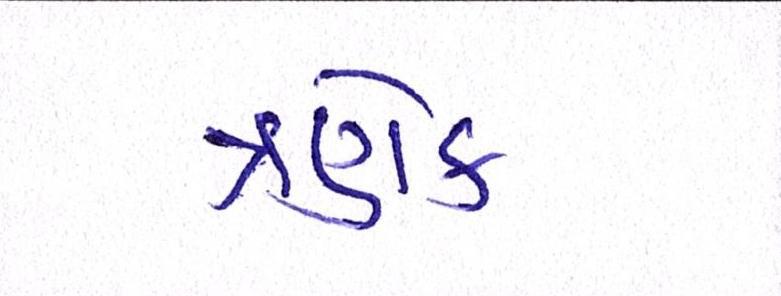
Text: ત્રણેક